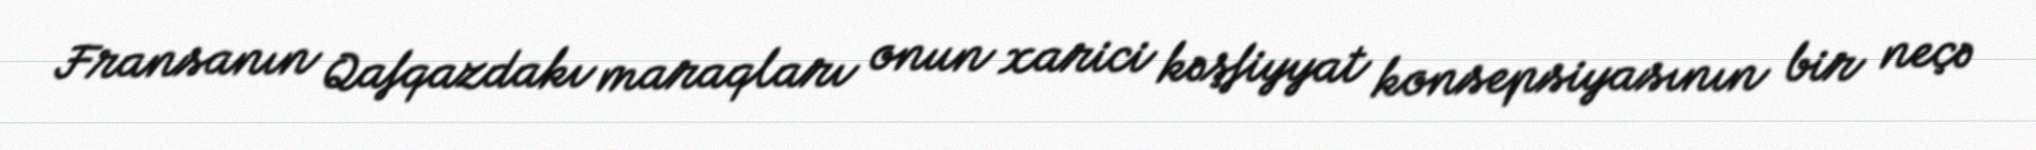
Fransanın Qafqazdakı maraqları onun xarici kəşfiyyat konsepsiyasının bir neçə